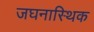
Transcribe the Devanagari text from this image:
जघनास्थिक